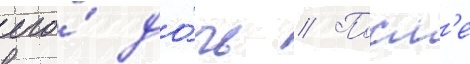
его́ до́чь // Посл'е